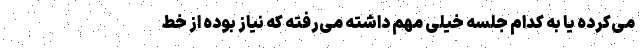
می‌کرده یا به کدام جلسه خیلی مهم داشته می‌رفته که نیاز بوده از خط